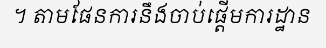
។ តាមផែនការនឹងចាប់ផ្តើមការដ្ឋាន